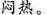
闷热。